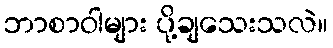
ဘာစာဝါများ ပို့ချသေးသလဲ။